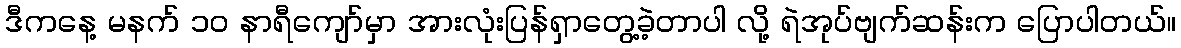
ဒီကနေ့ မနက် ၁၀ နာရီကျော်မှာ အားလုံးပြန်ရှာတွေ့ခဲ့တာပါ လို့ ရဲအုပ်ဗျက်ဆန်းက ပြောပါတယ်။